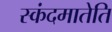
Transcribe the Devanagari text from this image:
स्कंदमातेति